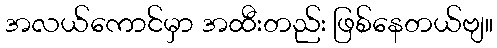
အလယ်ကောင်မှာ အထီးတည်း ဖြစ်နေတယ်ဗျ။